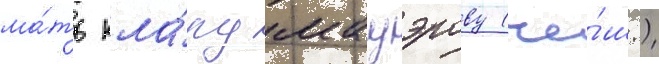
ма́ть кла́ру мауэрову (че́ш.)